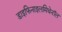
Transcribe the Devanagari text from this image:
डाइफिनाइलमिथेनॉल